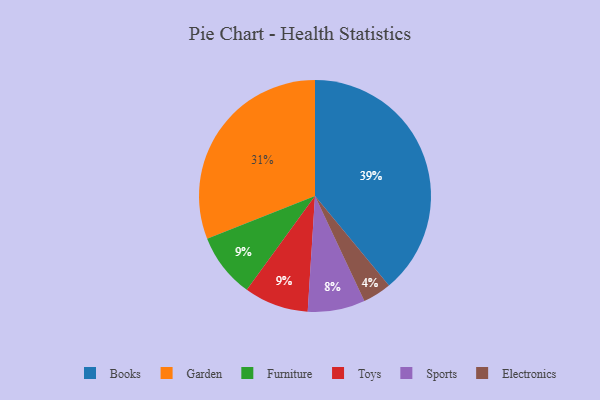
{"axis": {"x": "Category", "y": "Percentage"}, "legend": ["Books", "Electronics", "Furniture", "Garden", "Sports", "Toys"], "data": [{"x": "Furniture", "y": 9, "type": "Furniture"}, {"x": "Toys", "y": 9, "type": "Toys"}, {"x": "Sports", "y": 8, "type": "Sports"}, {"x": "Books", "y": 39, "type": "Books"}, {"x": "Garden", "y": 31, "type": "Garden"}, {"x": "Electronics", "y": 4, "type": "Electronics"}]}